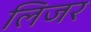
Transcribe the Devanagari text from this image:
लिजर